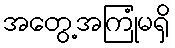
အတွေ့အကြုံမရှိ